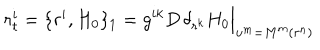
r _ { t } ^ { i } = \{ r ^ { i } , H _ { 0 } \} _ { 1 } = g ^ { i k } D \, \delta _ { r ^ { k } } H _ { 0 } \Big | _ { u ^ { m } = M ^ { m } ( r ^ { n } ) }